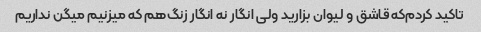
تاکید کردم‌که قاشق و لیوان بزارید ولی انگار نه انگار زنگ‌هم که میزنیم میگن نداریم